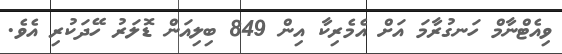
ވިއެޓްނާމް ހަނގުރާމަ އަށް އެމެރިކާ އިން 849 ބިލިއަން ޑޮލަރު ހޭދަކުރި އެވެ.